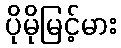
ပိုမိုမြင့်မား